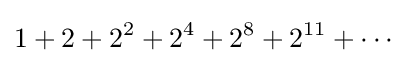
1+2+2^{2}+2^{4}+2^{8}+2^{11}+\cdots